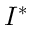
I ^ { * }